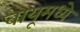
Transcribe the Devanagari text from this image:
वायूमध्ये